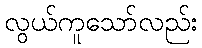
လွယ်ကူသော်လည်း